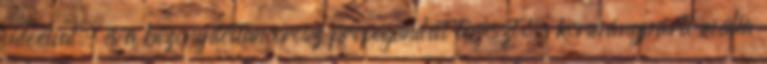
videóival, és a bizonyítottan orosz propagandát terjesztő, kormánypárti média